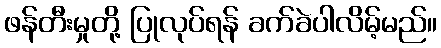
ဖန်တီးမှုတို့ ပြုလုပ်ရန် ခက်ခဲပါလိမ့်မည်။